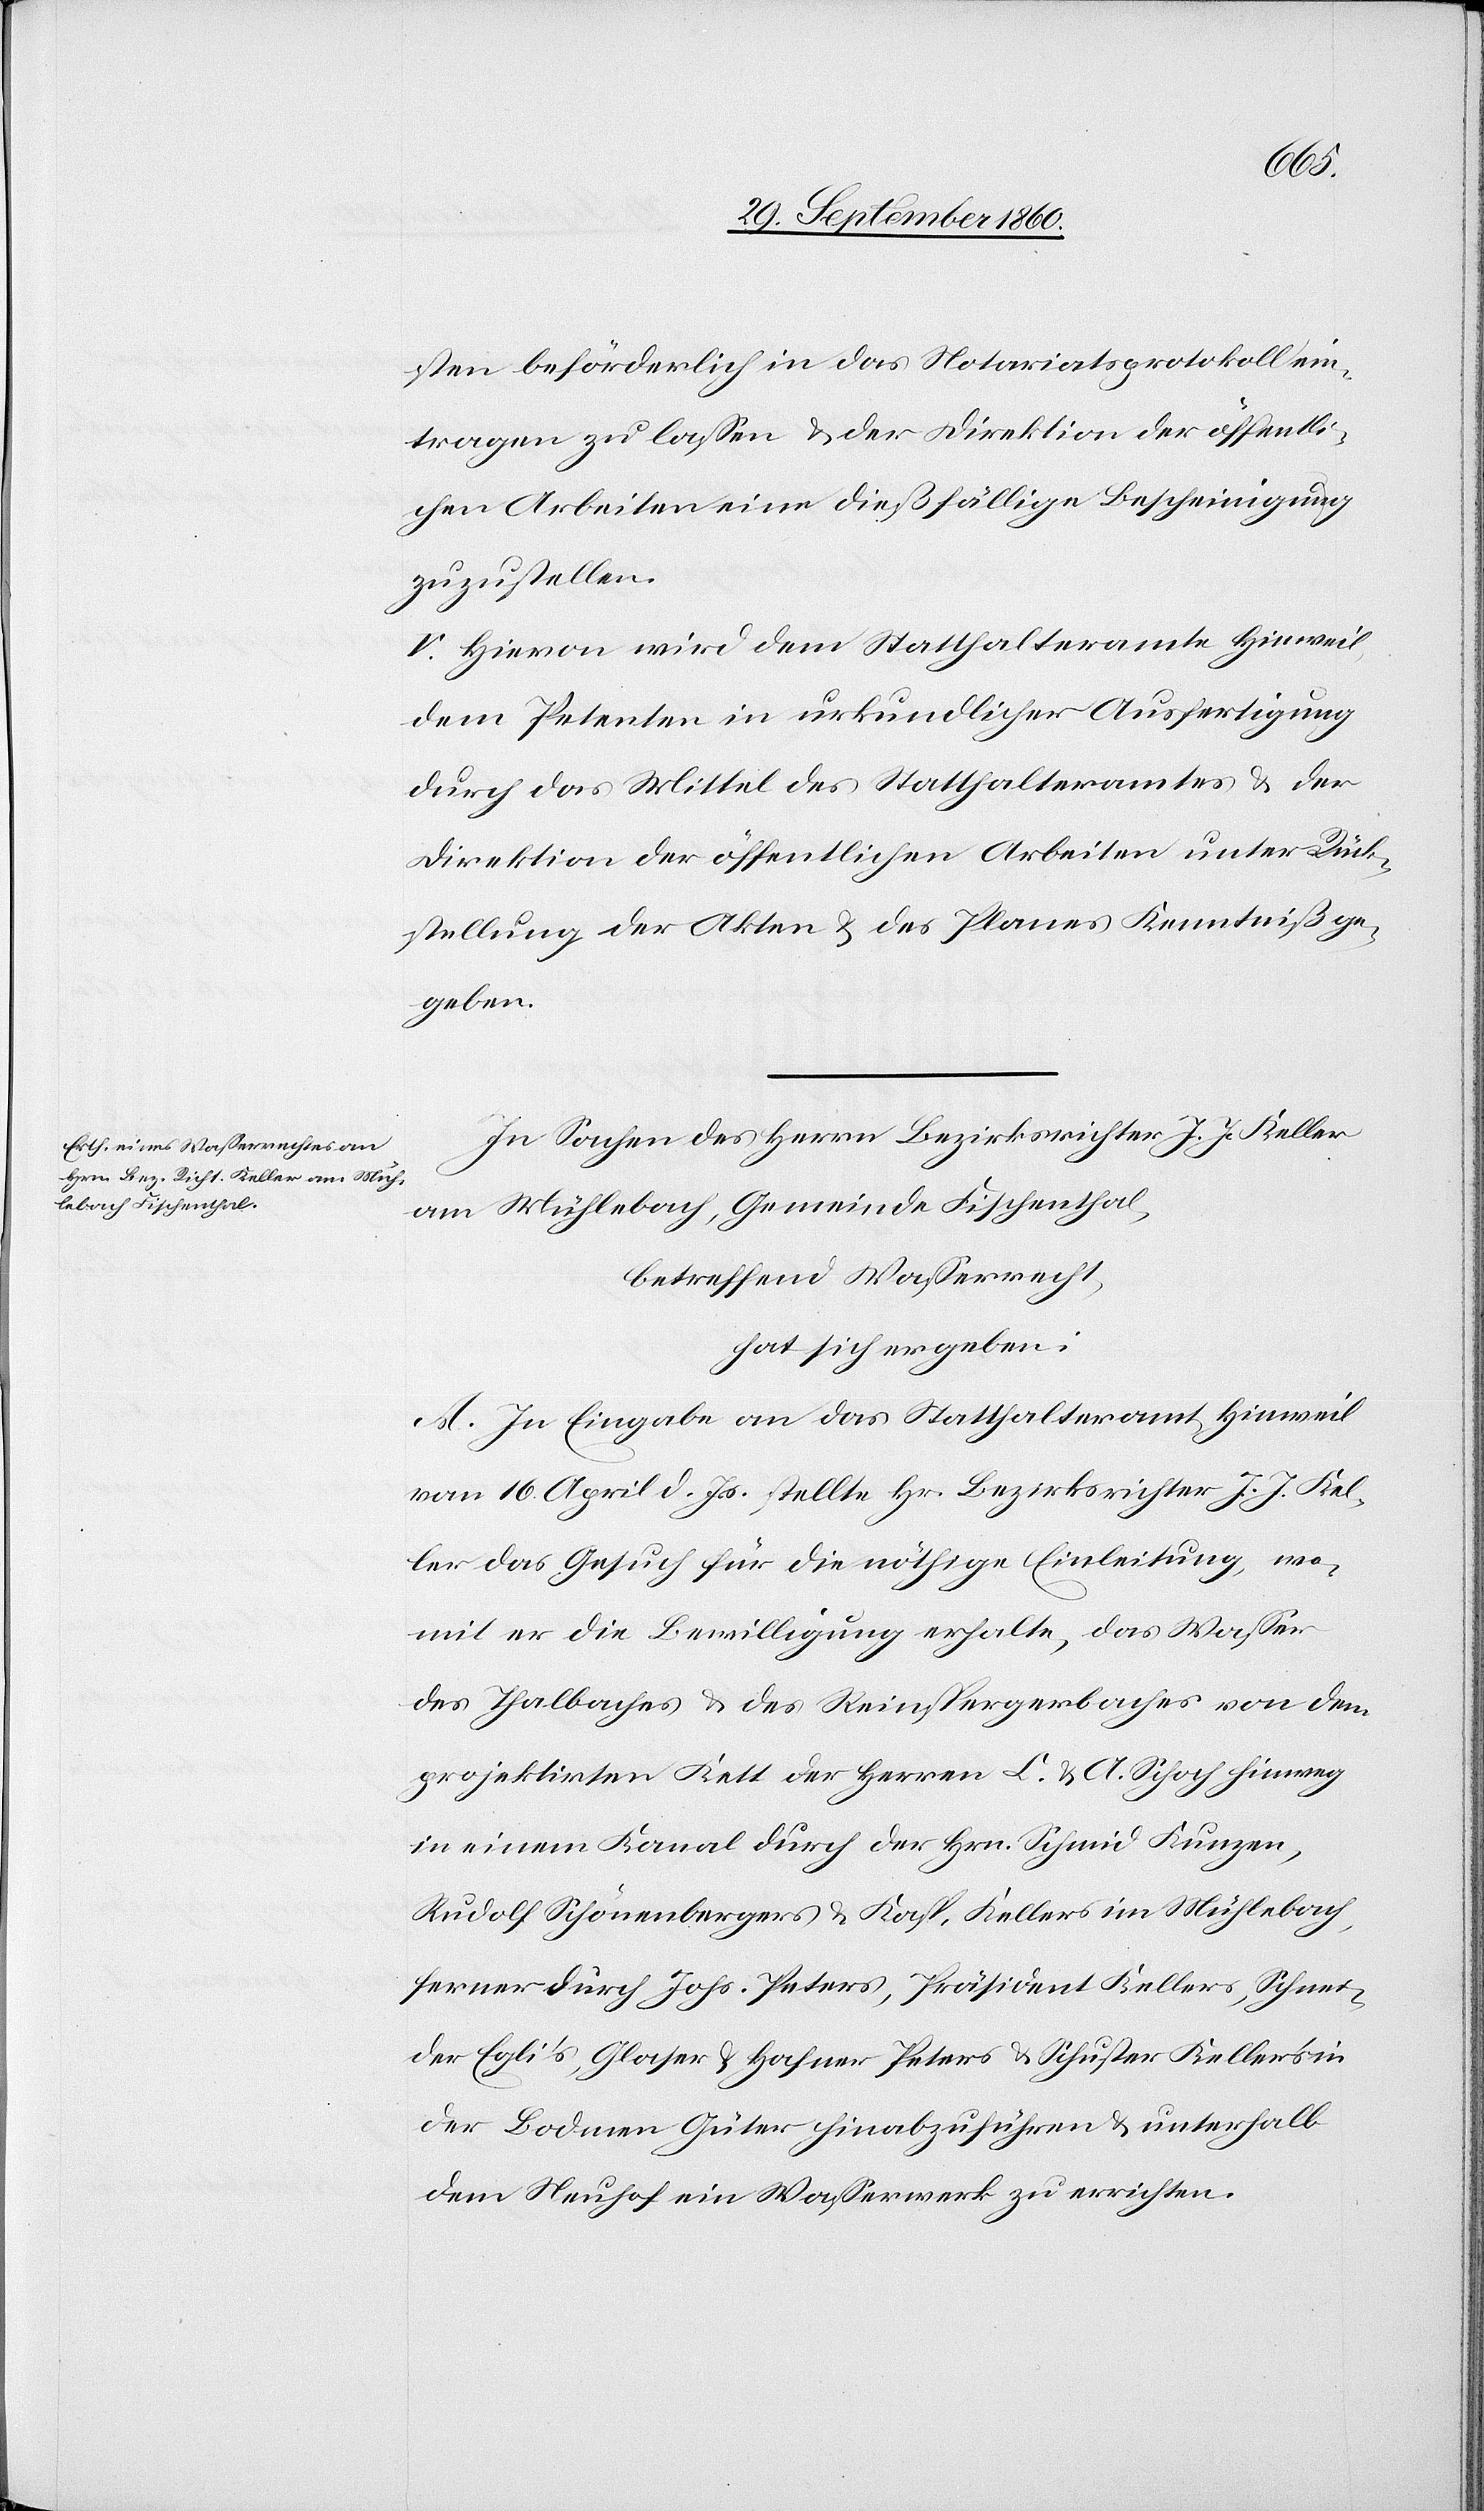
sten beförderlich in das Notariatsprotokoll ein¬
tragen zu lassen u. der Direktion der öffentli¬
chen Arbeiten eine dießfällige Bescheinigung
zuzustellen.
V. Hievon wird dem Statthalteramte Hinweil,
dem Petenten in urkundlicher Ausfertigung
durch das Mittel des Statthalteramtes u. der
Direktion der öffentlichen Arbeiten unter Rück¬
stellung der Akten u. des Planes Kenntniß ge¬
geben.
In Sachen des Herrn Bezirksrichter J. J. Keller
am Mühlebach, Gemeinde Fischenthal,
betreffend Wasserrecht,
hat sich ergeben:
A. In Eingabe an das Statthalteramt Hinweil
vom 16. April d. Js., stellte Hr. Bezirksrichter J. J. Kel¬
ler das Gesuch für die nöthige Einleitung, wo¬
mit er die Bewilligung erhalte, das Wasser
des Thalbaches u. des Reinspergerbaches von dem
projektirten Kett der Herren L. u. A. Schoch hinweg
in einem Kanal durch der Hrn. Schmid Kunzen,
Rudolf Schönenbergers u. Kasp. Kellers im Mühlebach,
ferner durch Johs. Peters, Präsident Kellers, Schnei¬
der Egli’s, Glaser u. Hafner Peters u. Schuster Keller’s in
der Bodmer Güter hinabzuführen u. unterhalb
dem Neuhof ein Wasserwerk zu errichten.